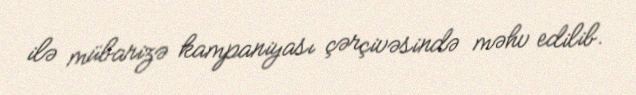
ilə mübarizə kampaniyası çərçivəsində məhv edilib.